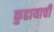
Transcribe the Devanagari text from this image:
कुढायाची